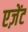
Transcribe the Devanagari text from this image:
एज़ेंट